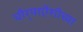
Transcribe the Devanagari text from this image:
चौर्‍याऐंशीच्या